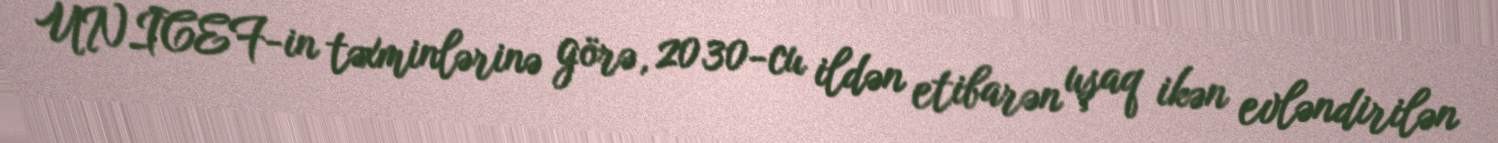
UNICEF-in təxminlərinə görə, 2030-cu ildən etibarən uşaq ikən evləndirilən